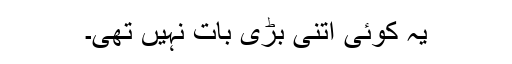
یہ کوئی اتنی بڑی بات نہیں تھی۔